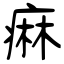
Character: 痲